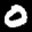
Label: 0